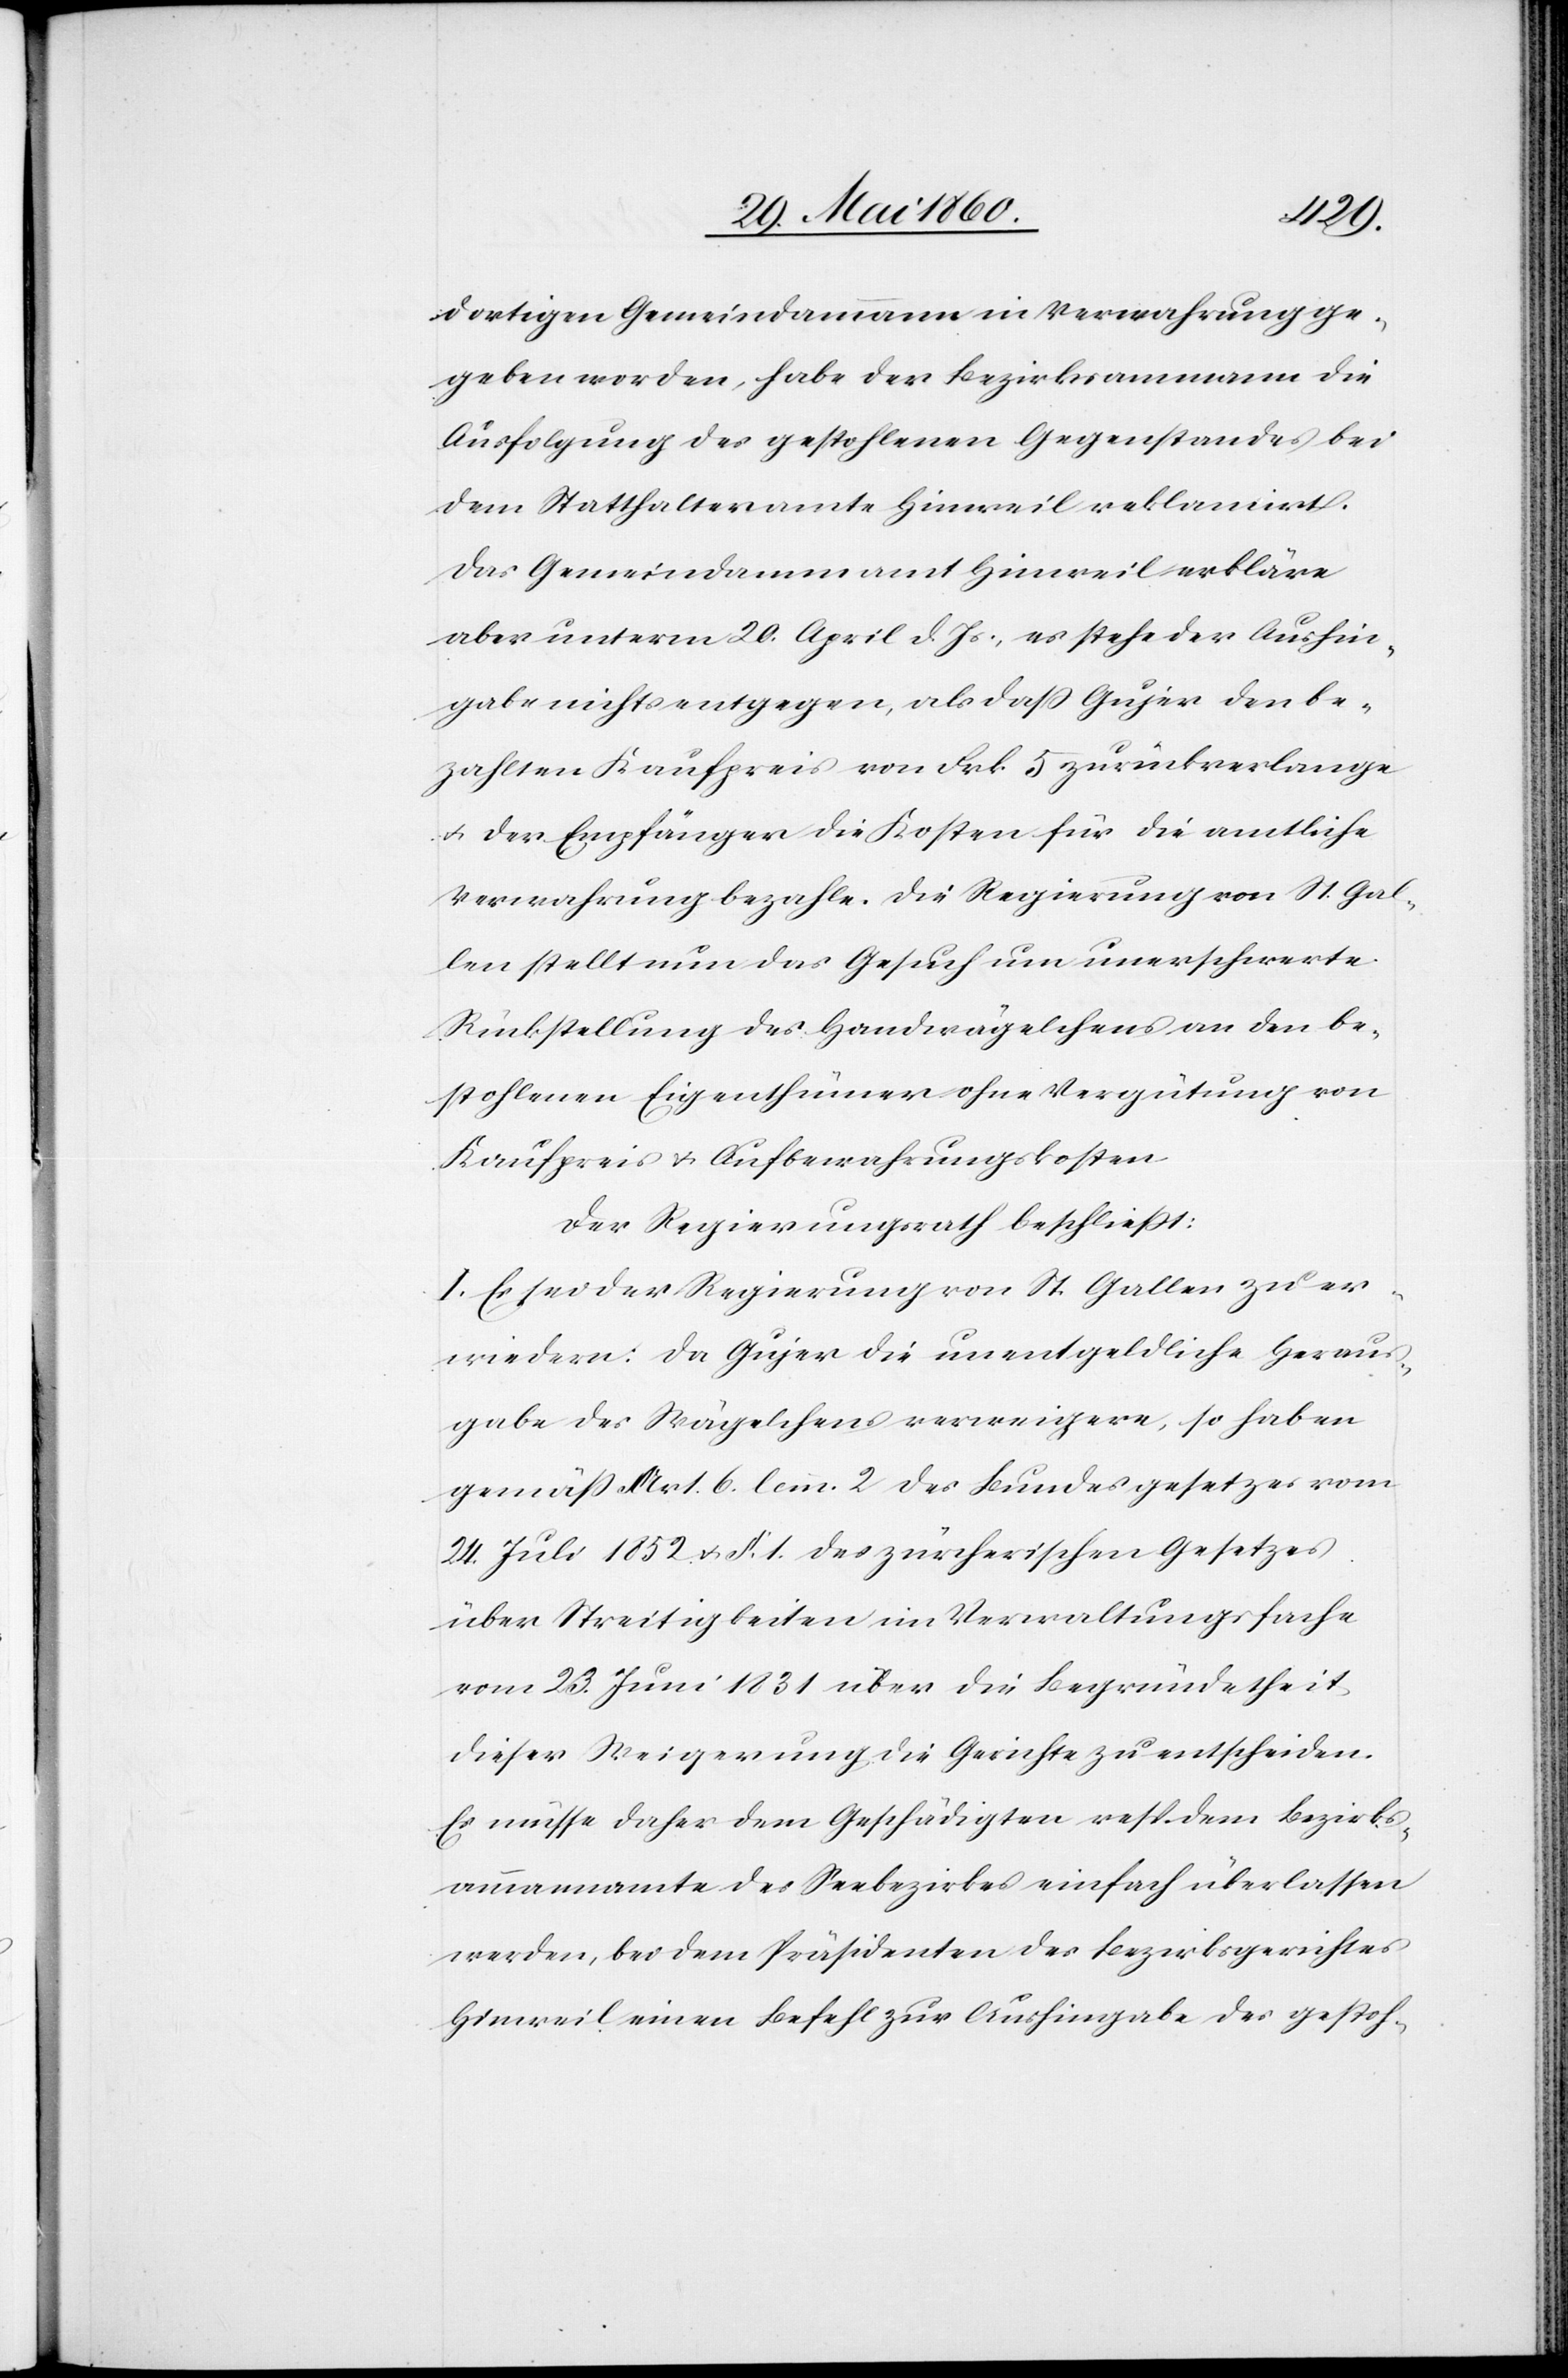
dortigen Gemeindammann in Verwahrung ge¬
geben worden, habe der Bezirksammann die
Ausfolgung des gestohlenen Gegenstandes bei
dem Statthalteramte Hinweil reklamirt.
Das Gemeindamm[ann]amt Hinweil erkläre
aber unterm 20. April d. Js., es stehe der Aushin¬
gabe nichts entgegen, als dass Gujer den be¬
zahlten Kaufpreis von Frk. 5 zurückverlange
u. der Empfänger die Kosten für die amtliche
Verwahrung bezahle. Die Regierung von St. Gal¬
len stellt nun das Gesuch um unerschwerte
Rückstellung des Handwägelchens an den be¬
stohlenen Eigenthümer ohne Vergütung von
Kaufpreis u. Aufbewahrungskosten.
Der Regierungsrath beschliesst:
I. Es sei der Regierung von St. Gallen zu er¬
wiedern: Da Gujer die unentgeldliche Heraus¬
gabe des Wägelchens verweigere, so haben
gemäss Art. 6. lem. 2 des Bundesgesetzes vom
24. Juli 1852 u. §. 1. des zürcherischen Gesetzes
über Streitigkeiten im Verwaltungsfache
vom 23. Juni 1831 über die Begründetheit
dieser Weigerung die Gerichte zu entscheiden.
Es müsse daher dem Geschädigten resp. dem Bezirks¬
ammannamte des Seebezirkes einfach überlassen
werden, bei dem Präsidenten des Bezirksgerichtes
Hinweil einen Befehl zur Aushingabe des gestoh-